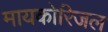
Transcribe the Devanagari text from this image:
मायकोरिजल